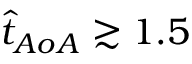
\hat { t } _ { A o A } \gtrsim 1 . 5